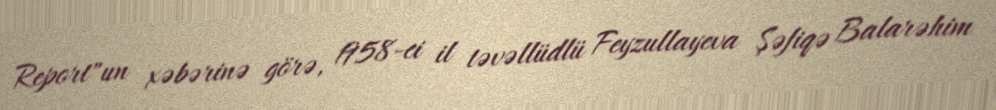
Report"un xəbərinə görə, 1958-ci il təvəllüdlü Feyzullayeva Şəfiqə Balarəhim